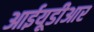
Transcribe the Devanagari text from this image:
आईयूडीआर